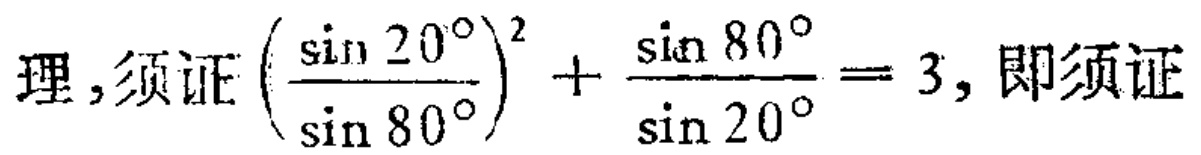
理,须证\(\left(\frac{\sin 20^{\circ}}{\sin 80^{\circ}}\right)^{2}+\frac{\sin 80^{\circ}}{\sin 20^{\circ}} = 3\), 即须证